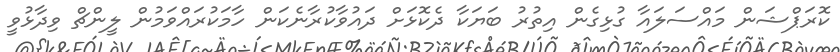
ކޮރަޕްޝަން މައްސަލައާ ގުޅިގެން އިތުރު ބަޔަކާ ދެކޮޅަށް ދައުވާކުރާނެކަން ހާމަކުރައްވަމުން ލީންޗް ވިދާޅުވީ